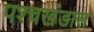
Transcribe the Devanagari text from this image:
पश्चखंडास